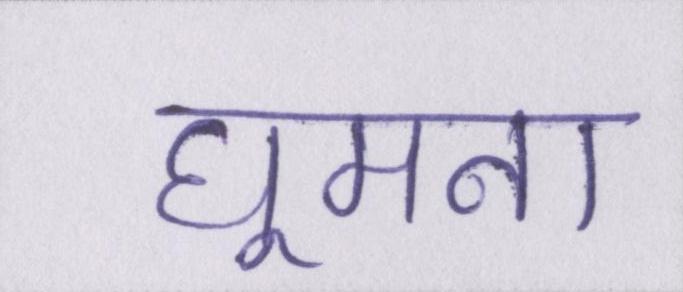
घूमना